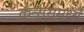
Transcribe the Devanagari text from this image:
कॅन्ससमध्ये